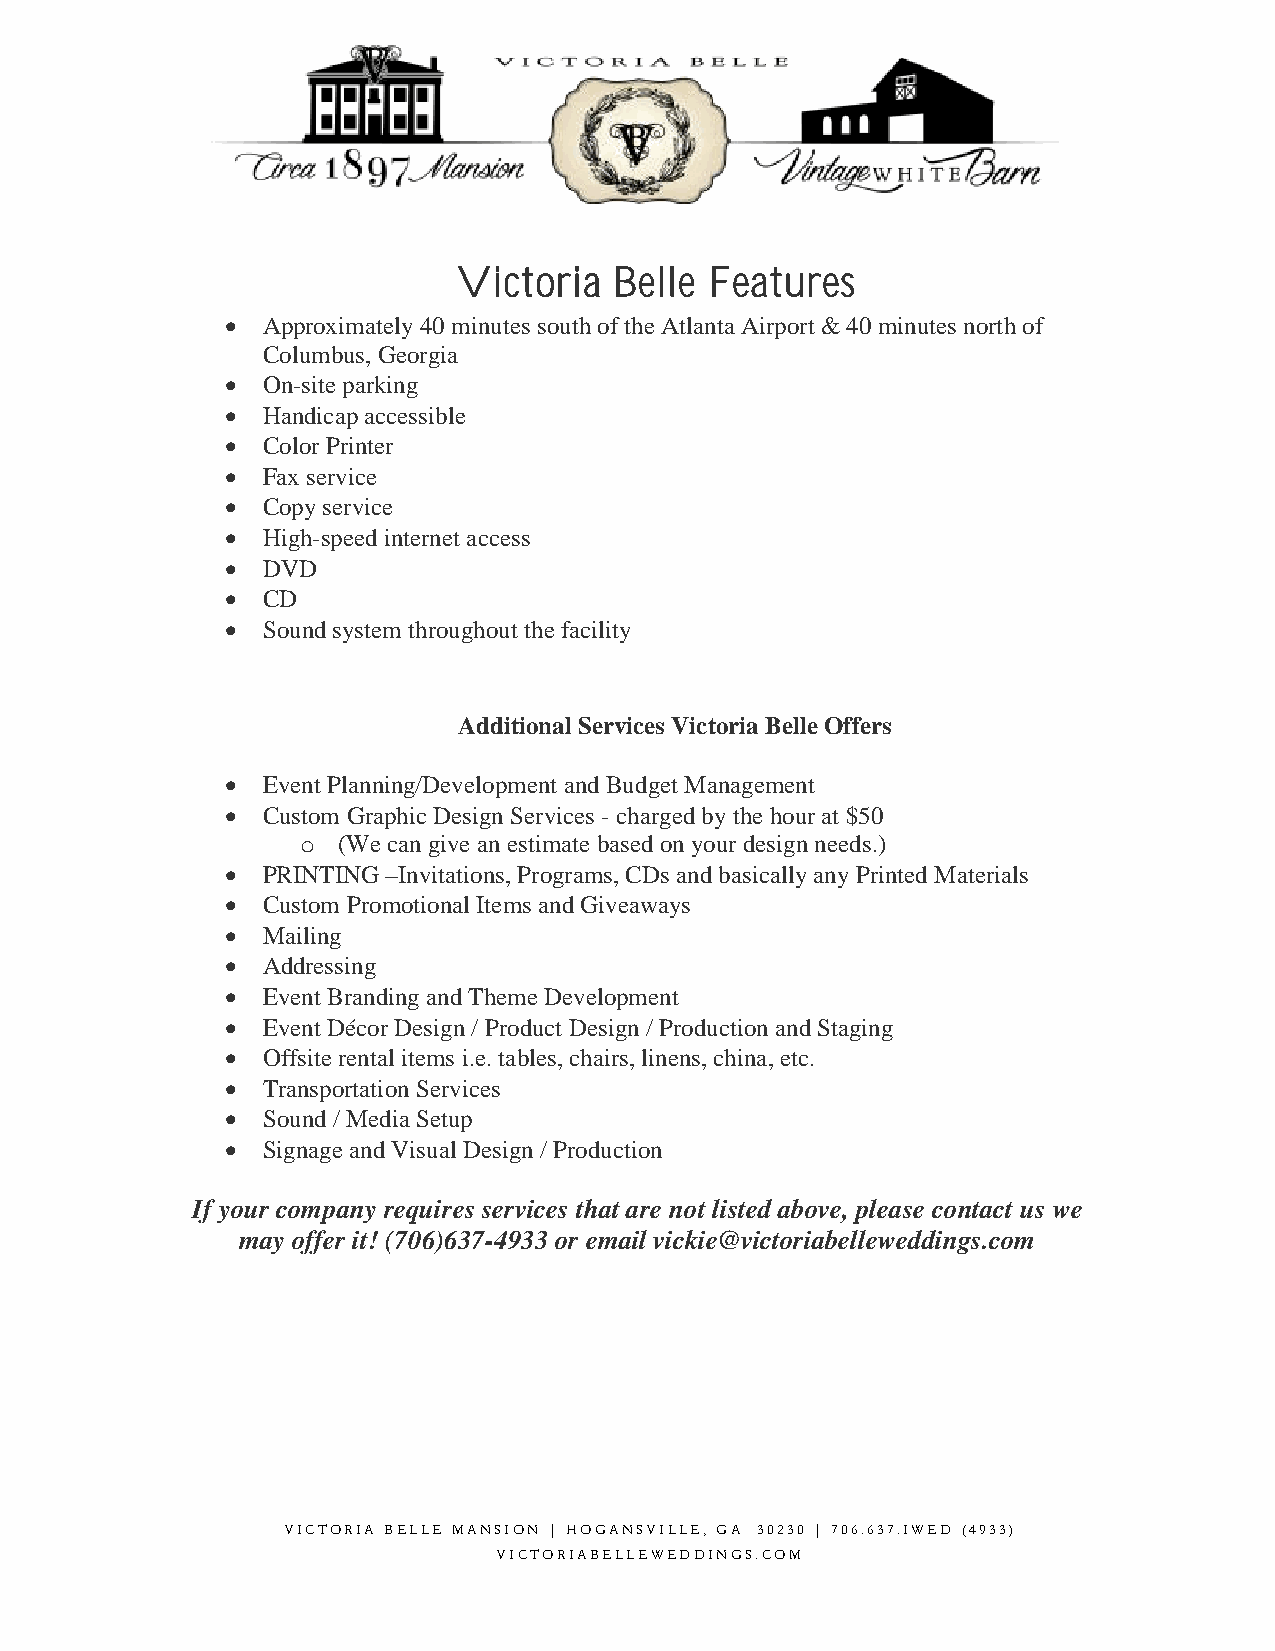
Victoria   Belle Features
  Approximately 40 minutes south of the Atlanta Airport & 40 minutes north of
 Columbus, Georgia
  On-site parking
  Handicap accessible
  Color Printer
  Fax service
  Copy service
  High-speed internet access
  DVD
  CD
  Sound system throughout the facility
 Additional Services Victoria Belle Offers
  Event Planning/Development and Budget Management
  Custom Graphic Design Services - charged by the hour at $50
 o (We can give an estimate based on your design needs.)
  PRINTING –Invitations, Programs, CDs and basically any Printed Materials
  Custom Promotional Items and Giveaways
  Mailing
  Addressing
  Event Branding and Theme Development
  Event Décor Design / Product Design / Production and Staging
  Offsite rental items i.e. tables, chairs, linens, china, etc.
  Transportation Services
  Sound / Media Setup
  Signage and Visual Design / Production
 If your company requires services that are not listed above, please contact us we
 may offer it! (706)637-4933 or email vickie@victoriabelleweddings.com
 VICTORIA BELLE MANSION | HOGANSVILLE, GA 30230 | 706.637.IWED (4933)
 VICTORIABELLEWEDDINGS.COM